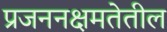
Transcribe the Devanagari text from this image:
प्रजननक्षमतेतील